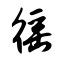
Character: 徭